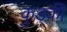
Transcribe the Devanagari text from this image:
कुड्की